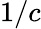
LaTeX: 1/c